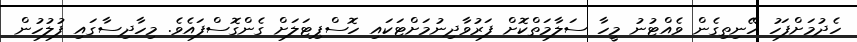
ހެދުމަށްފަހު ހޭނިތިގެން ވެއްޓުނު މީހާ ސަލާމަތްކޮށް ފަރުވާދިނުމަށްޓަކައި ހޮސްޕިޓަލަށް ގެންގޮސްފައެވެ. މިހާދިސާގައި ފުލުހުން